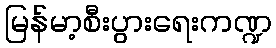
မြန်မာ့စီးပွားရေးကဏ္ဍ